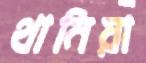
থামিয়া